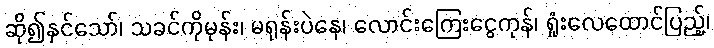
ဆို၍နှင်သော်၊ သခင်ကိုမုန်း၊ မရုန်းပဲနေ၊ လောင်းကြေးငွေကုန်၊ ရှုံးလေထောင်ပြည့်၊